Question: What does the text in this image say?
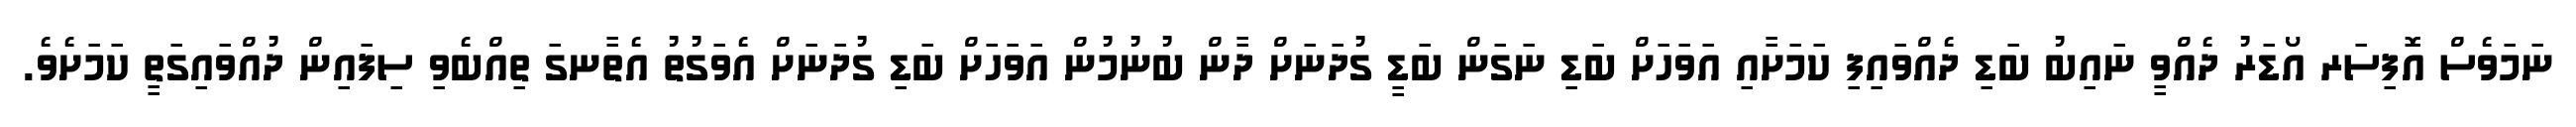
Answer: ނަމަވެސް އޮފިސަރ އޯޑަރު ދެއްވީ ނައިބު ބަޑި ދެއްވައިފި ކަމަށާއި އަވަހަށް ބަޑި ނަގަން ބަޑީ ގުދަނަށް ދާން ބުނުމުން އަވަހަށް ބަޑި ގުދަނަށް އެވަގުތު އެތާނގަ ތިއްބެވި ސިފައިން ދުއްވައިގަތީ ކަމަށެވެ.